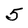
Character: 5